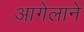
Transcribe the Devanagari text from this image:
आगेलाने